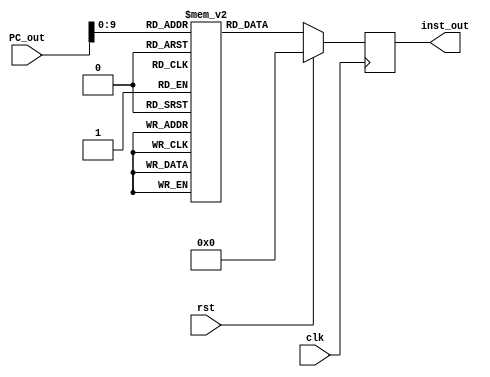
`timescale 1ns / 1ps
//////////////////////////////////////////////////////////////////////////////////
// Company: 
// Engineer: 
// 
// Design Name: 
// Module Name: inst_memory
// Project Name: 
// Target Devices: 
// Tool Versions: 
// Description: 
// 
// Dependencies: 
// 
// Revision:
// Revision 0.01 - File Created
// Additional Comments:
// 
//////////////////////////////////////////////////////////////////////////////////


module inst_memory(
input [31:0] PC_out,
input clk,rst,
output reg [31:0] inst_out

    );
    reg [31:0] inst_mem [1023:0];
    wire [31:0] rom_addr;
    assign rom_addr= PC_out[9:0];
    initial 
    begin
   // $readmemb("E:/ITU/Thesis/Winogard_Conv/Codes/Processordesign/inst.txt", inst_mem);
inst_mem[0] = 32'h002081B3; // add $1, $2, $3
inst_mem[4] = 32'h403202B3; // sub $4, $3, $5
inst_mem[8] = 32'h00308383; // lw $7, 3($1)
inst_mem[12] = 32'h0013F333; // and $7, $1, $6
inst_mem[16] = 32'h001112B3; // sll $5, $2, $1
inst_mem[20] = 32'h001122B3; // slt $5, $2, $1
inst_mem[24] = 32'h00210463; // beq $2, $3, 4 // 4 is offset
inst_mem[28] = 32'h001132B3; // sltu $5, $2, $1
inst_mem[32] = 32'h001142B3; // xor $5, $2, $1
inst_mem[36] = 32'h001152B3; // srl $5, $2, $1
inst_mem[40] = 32'h401152B3; // sra $5, $2, $1
inst_mem[44] = 32'h008002EF; // jal $5, 2 
inst_mem[48] = 32'h00110293; // addi $5, $2, 1
inst_mem[52] = 32'h00312293; // slti $5, $2, 3
inst_mem[56] = 32'h00517293; // andi $5, $2, 5
inst_mem[60] = 32'h00211293; // slli $5, $2, 2
inst_mem[64] = 32'h002102E7; // jar $5, $2, 2  // will jump on instruction 4
    end
    always @ (posedge clk)
    begin
    if (rst==1)
    inst_out<= 32'h00000000;
    else
    inst_out<=inst_mem[rom_addr];
    end
endmodule